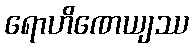
ရောဟိဏေယျဿ